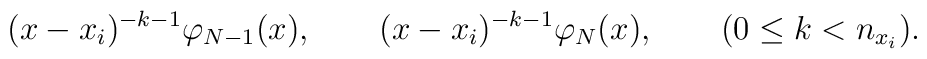
(x-x_{i})^{-k-1} \varphi_{N-1}(x), \qquad (x-x_{i})^{-k-1}\varphi_{N}(x), \qquad (0 \le k < n_{x_{i}}).